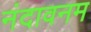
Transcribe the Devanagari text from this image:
नंदावनम